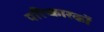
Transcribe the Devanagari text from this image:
परिष्कारकों